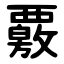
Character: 覈